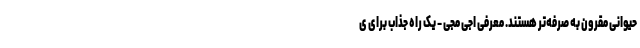
حیوانی مقرون به صرفه‌تر هستند. معرفی اجی مجی - یک راه جذاب برای ی